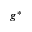
g ^ { * }